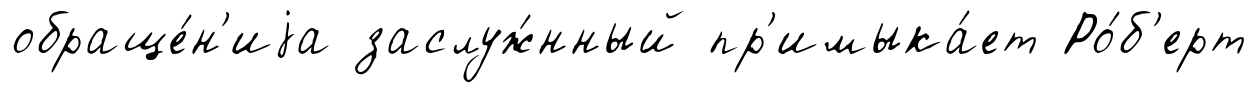
обраще́н'иjа заслуж́нный пр'имыка́ет Ро́б'ерт